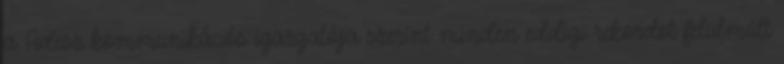
a Fidesz kommunikációs igazgatója szerint minden eddigi rekordot felülmúlt